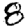
Digit: 8